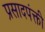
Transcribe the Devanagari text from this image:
प्रसादपंक्ती